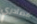
مصادري